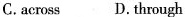
C.across D.through